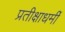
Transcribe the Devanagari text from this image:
प्रतीक्षाधर्मी